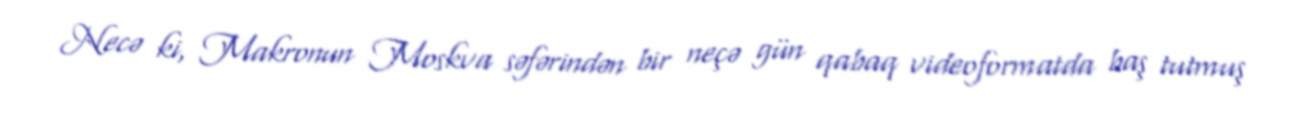
Necə ki, Makronun Moskva səfərindən bir neçə gün qabaq videoformatda baş tutmuş